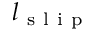
l _ { \mathrm { ~ s ~ l ~ i ~ p ~ } }